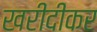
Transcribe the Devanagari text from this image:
खरीदीकर